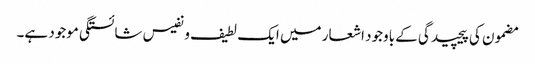
مضمون کی پیچیدگی کے باوجود اشعار میں ایک لطیف و نفیس شائستگی موجود ہے۔